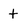
Character: t